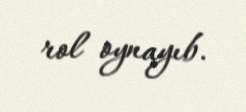
rol oynayıb.